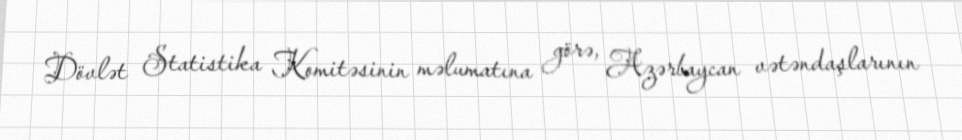
Dövlət Statistika Komitəsinin məlumatına görə, Azərbaycan vətəndaşlarının